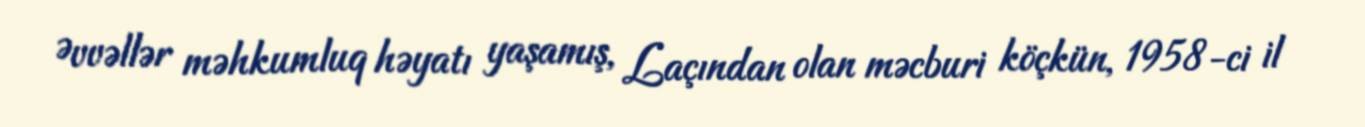
Əvvəllər məhkumluq həyatı yaşamış, Laçından olan məcburi köçkün, 1958-ci il